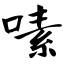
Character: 嗉